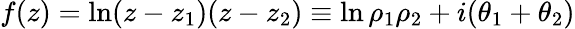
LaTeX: f(z)=\ln(z-z_{1})(z-z_{2})\equiv\ln\rho_{1}\rho_{2}+i(\theta_{1}+\theta_{2})